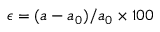
\epsilon = ( a - a _ { 0 } ) / a _ { 0 } \times 1 0 0